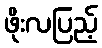
ဖိုးလပြည့်